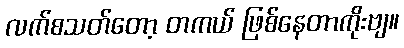
လက်စသတ်တော့ တကယ် ဖြစ်နေတာကိုးဗျ။